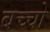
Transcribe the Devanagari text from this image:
बच्‍चो